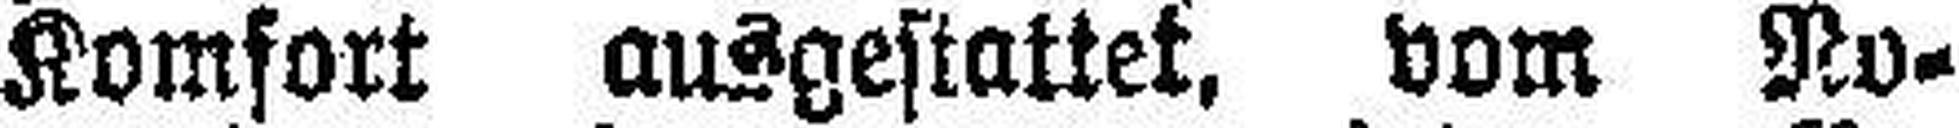
Komfort ausgestattet, vom No¬